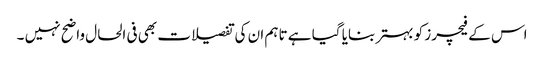
اس کے فیچرز کو بہتر بنایا گیا ہے تاہم ان کی تفصیلات بھی فی الحال واضح نہیں ۔